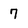
Character: 7